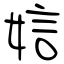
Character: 娮